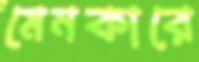
মেনকারে